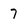
Character: 7